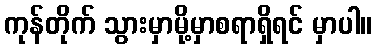
ကုန်တိုက် သွားမှာမို့မှာစရာရှိရင် မှာပါ။